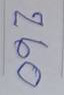
260